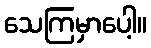
သေကြမှာပေါ့။